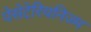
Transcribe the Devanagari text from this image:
पेसेटेरियनिज्म